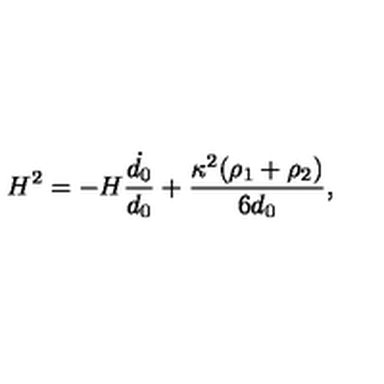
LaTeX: H ^ { 2 } = - H \frac { \dot { d _ { 0 } } } { d _ { 0 } } + \frac { \kappa ^ { 2 } ( \rho _ { 1 } + \rho _ { 2 } ) } { 6 d _ { 0 } } ,